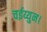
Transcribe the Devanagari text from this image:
चईय्युन।